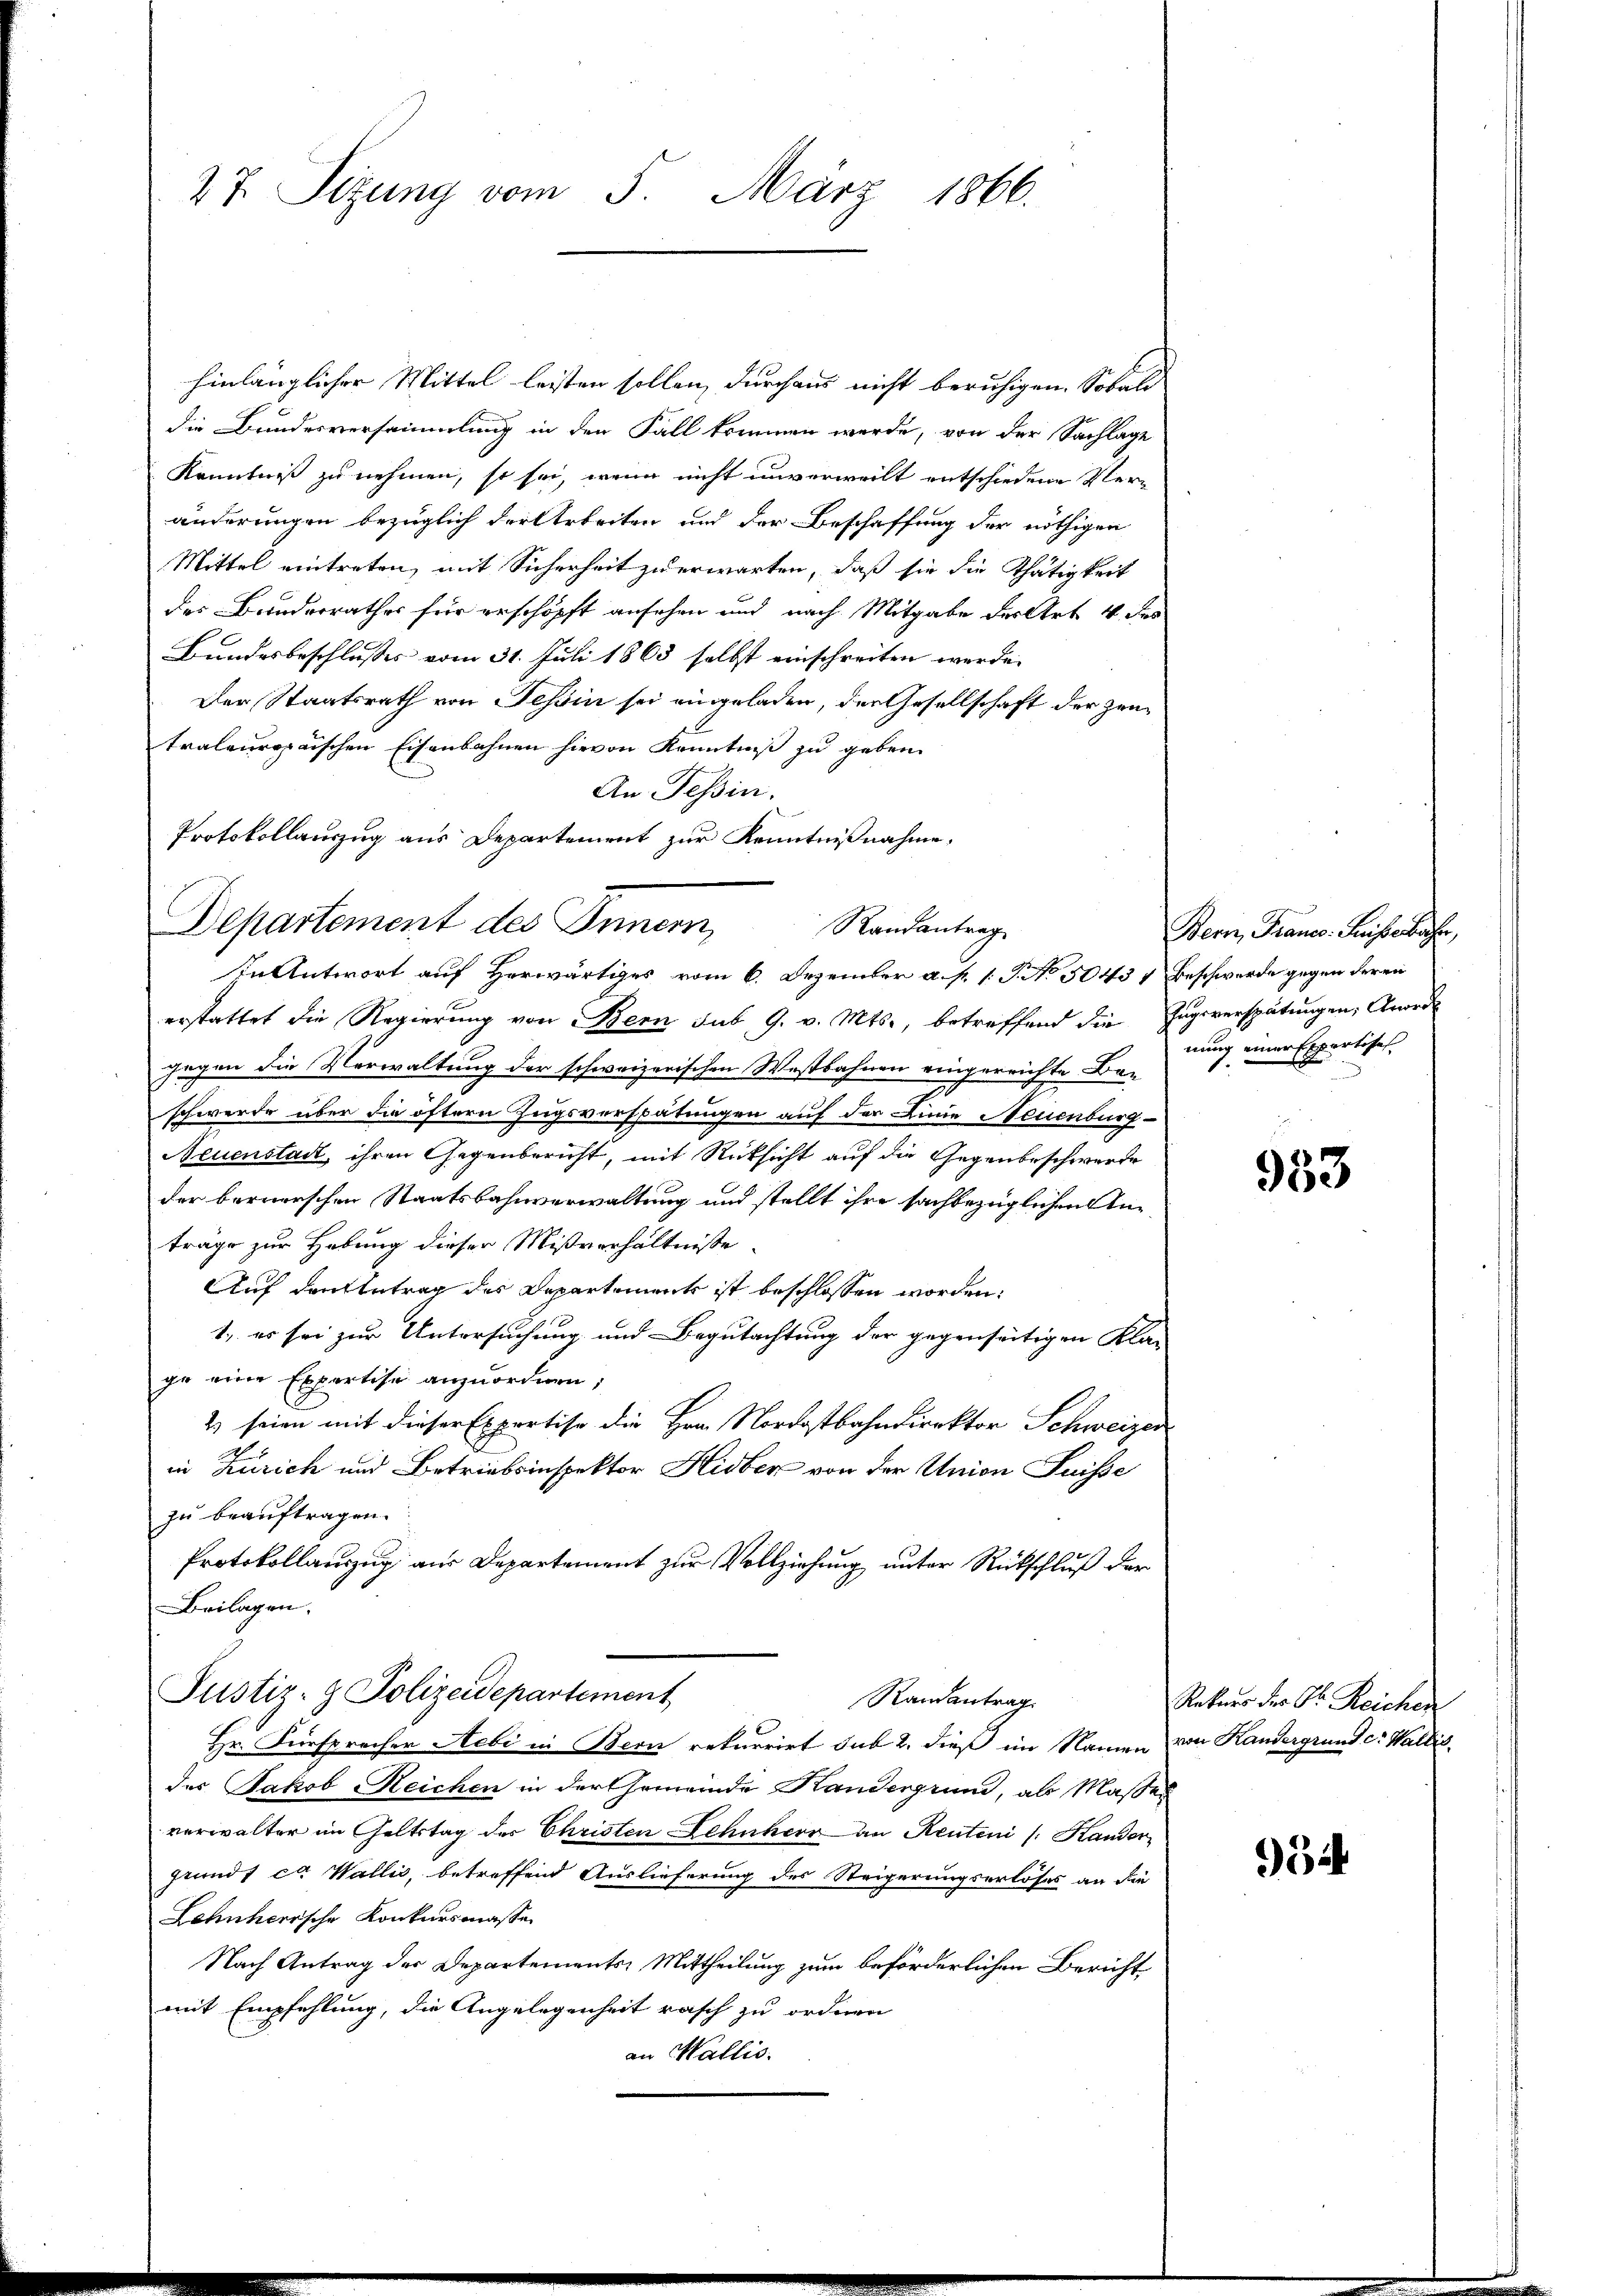
27. Sitzung vom 5. März 1866.

hinlänglicher Mittel leisten sollen, durchaus nicht beruhigen. Sobald
die Bundesversammlung in den Fall kommen werde, von der Sachlage
Kenntniß zu nehmen, so sei, wenn nicht unverweilt entschiedene Veränderungen bezüglich der Arbeiten und der Beschaffung der nöthigen
Mittel eintreten, mit Sicherheit zu erwarten, daß sie die Thätigkeit
des Bunderrathes für erschöpft ansehen und nach Mitgabe des Art. 4 des
Bundesbeschlusses vom 31. Juli 1863 selbst einschreiben werde.
Der Staatsrath von Tessin sei eingeladen, der Gesellschaft der zentralenropaischen Eisenbahnen hievon Kenntniß zu geben.
An Tessin.
Protokollauszug aus Departement zur Kenntnißnahme.
In Antwort auf Herwärtiges vom 6. Dezember a. p. 1. P. No 5043 & Beschwerde gegen deren
erstattet die Regierung von Bern sub 9. v. Mts., betreffend die Zugsverspätungen; Anord
gegen die Verwaltung der schweizerischen Westbahnen eingerrichte Be-
schwerde über die öftern Zugsverspätungen auf der Linie Neuenburg
Neuenstadt, ihren Gegenbericht, mit Rücksicht auf die Gegenbeschwerde
der bernerschen Staatsbahnverwaltung und stellt ihre sachbezüglichen Anträge zur Hebung dieser Mißverhältnisse.
Auf den Antrag des Departement ist beschlossen worden.
1.) es sei zur Untersuchung und Begutachtung der gegensärtigen Kla-
ge eine Expertise anzuordnen,
2) seien mit dieser Expertise die Hrn. Nordostbahndirektor Schweizer
in Zürich und Betriebsinspektor Hidber von der Union Suisse
zu beauftragen.
Protokollauszug aus Departement zur Vollziehung unter Rückschluß der
Beilagen.
Justiz- & Polizeidepartement
Randantrag
Hr. Fürsprecher Nebi in Bern rekurrirt sub 2. dieß im Namen von Kandergrund c. Wallis
des Jakob Reichen in der Gemeinde Handergrund, als Masser
verwalter im Geltstag des Christen Schuherr an Renten (: Hander
grundt ca Wallis, betreffend Auslieferung des Steigerungserlöses an die
Lohnherrsche Konkursmasse
Nach Antrag der Departements Mittheilung zum beförderlichen Bericht
mit Empfehlung, die Angelegenheit rasch zu ordnen
an Wallis.

Departement des Innern, Randantrage

Bern, Frances. Fristerbrechte,
nung einer Expertisch

953

Rekurs der Dr. Reichen

934